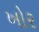
ખોર